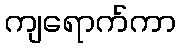
ကျရောက်ကာ